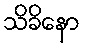
သိခိနော